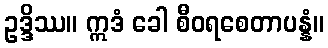
ဥဒ္ဒိဿ။ ဣဒံ ခေါ စီဝရစေတာပန္နံ။